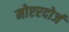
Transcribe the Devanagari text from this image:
मोएरदोर्ज